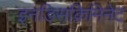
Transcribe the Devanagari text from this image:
इनडिसक्रिमिनेट